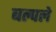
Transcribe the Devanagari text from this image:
बल्पले